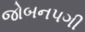
જોબનપગી